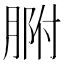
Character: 𦝗